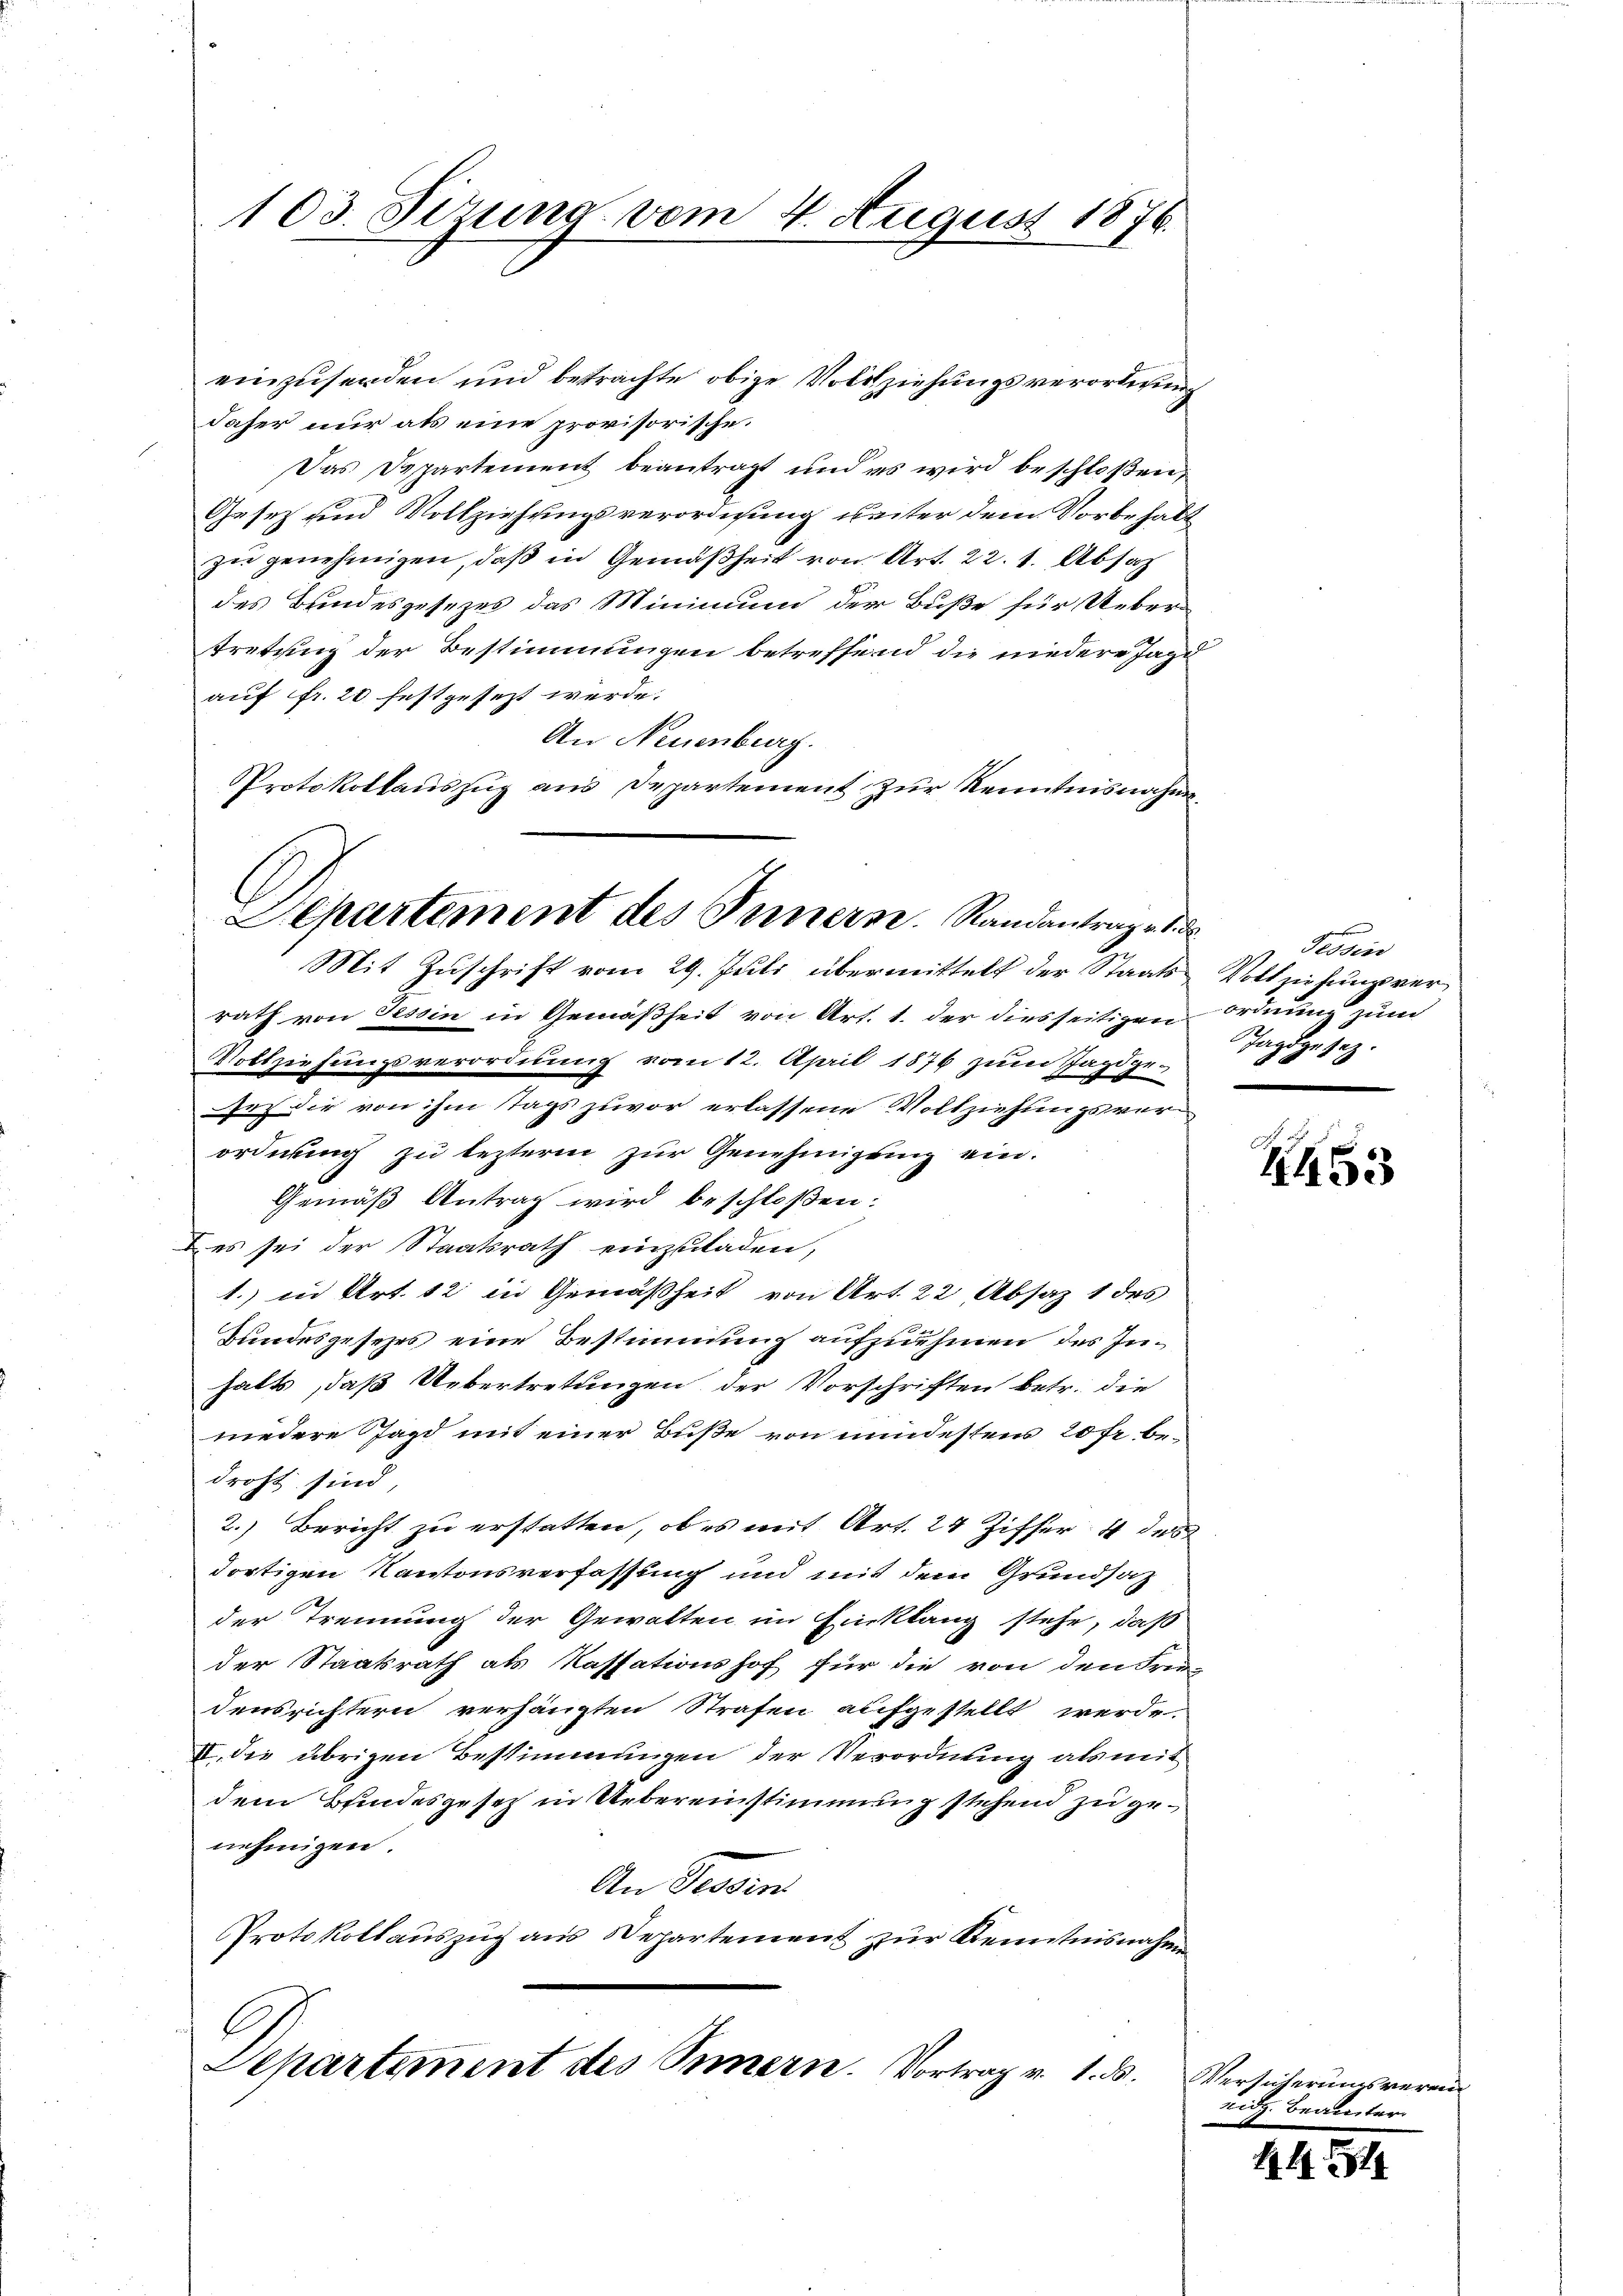
103. Sizung vom 4. August 1876.

einzusenden und betrachte obige Vollziehungsverordnung
daher nur als eine provisorische
Das Departement beantragt und es wird beschloßen,
Gesetz und Vollziehungsverordnung unter dem Vorbehaltzie genehmigen, daß in Gemäßheit von Art. 22. 1. Absat
des Bundesgesezes das Minimum der Buße für Uebertretung der Bestimmungen betreffend die niedere Jagd
auf fr. 20 festgesezt würde.
An Neuenburg.
Protokollauszug aus Departement zur Kenntnisnahm
Mit Zuschrift vom 29. Juli übermittelt der Staatsrath von Tessin in Gemäßheit von Art. 1. der diesseitigen Ordnung zum
Vollziehungsverordnung vom 12. April 1876 zum Jagdge-
sey die von ihm tags zuvor erlassene Vollziehungsver
ordnung zu lezterm zur Genehmigung ein-
Gemäß Antrag wird beschloßen:
es sei der Staatsrath einzuladen,
1.) in Art. 12 in Gemäßheit von Art. 22 Absaz 1 des
Bundesgesezes eine Bestimmung aufzuehmen des Inhalts, daß Uebertretungen der Vorschriften betr. die
niedere Jagd mit einer Buße von mindestens 20 fr bedroht sind,
2.) Bericht zu erstatten, ob es mit Art. 24 Ziffer 4 des
dortigen Kantonsverfassung und mit dem Grundsatz
der Trennung der Gewalten im Einklang stehe, daß
der Staatsrath als Kassationshof für die von den Frei
densrichtern verhängten Strafen aufgestellt werde.
II. die übrigen Bestimmungen der Verordnung als mit
dem Bundesgesetz in Uebereinstimmung stehend zu genehmigen.
An Prosen
Protokollauszug aus Departement zur Kenntnisnahm
Ach
Separtement des Sinnern. Vortrag v. 1. d.

Separtement des Innern. Randantrag v. d. d.

Tessin
Vollziehungsver¬
Tagdgesez.

245

Versicherungsverein
Eidg. Beamter.